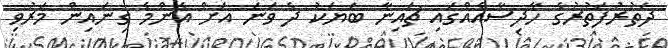
ދަތުރުފަތުރުގެ ހާދިސާއެއްގައި ޗައިނާ ބަޔަކު ދެ ވަނަ އަށް އެންމެ ގިނައިން މަރުވި